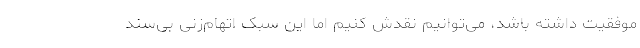
موفقیت داشته باشد، می‌توانیم نقدش کنیم اما این سبک اتهام‌زنی بی‌سند